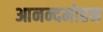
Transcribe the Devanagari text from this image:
आनन्दमोहन